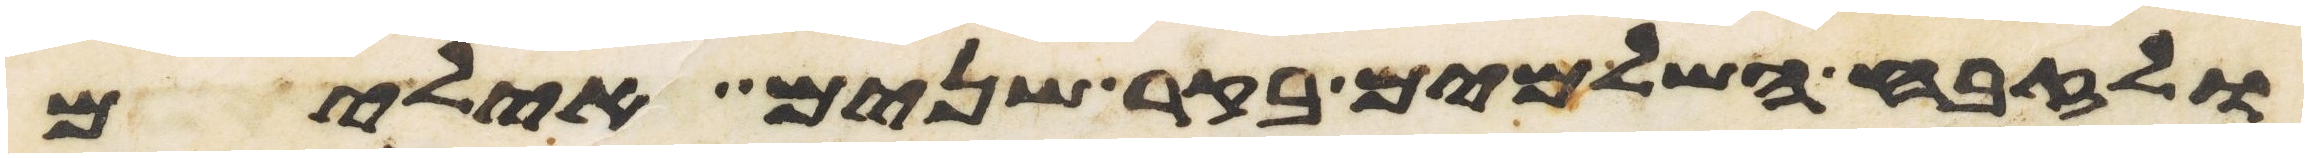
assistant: ולזבח השלמים בקר שנים אילים